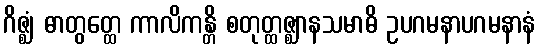
ဂိဇ္ဈံ ဓာတွတ္ထေ ကာလိကန္တိ စတုတ္ထဇ္ဈာနသမာဓိ ဥပဂမနာပဂမနာနံ